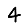
Digit: 4